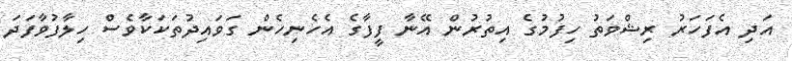
އަދި އެފަހަރު ރިޝްވަތު ހިފުމުގެ އިތުރުން އޭނާ ފީފާގެ އެހެނިހެން ގަވައިދުތަކަކާވެސް ހިލާފުވާފަދަ